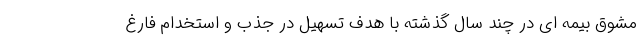
مشوق بیمه ای در چند سال گذشته با هدف تسهیل در جذب و استخدام فارغ